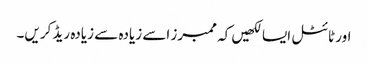
اور ٹائٹل ایسا لکھیں کہ ممبرز اسے زیادہ سے زیادہ ریڈ کریں۔